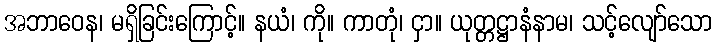
အဘာဝေန၊ မရှိခြင်းကြောင့်။ နယံ၊ ကို။ ကာတုံ၊ ငှာ။ ယုတ္တဋ္ဌာနံနာမ၊ သင့်လျော်သော